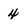
Character: 4